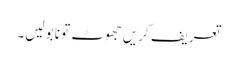
تعریف کریں جھوٹ تو نا بولیں۔